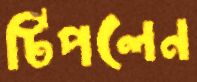
টিপলেন